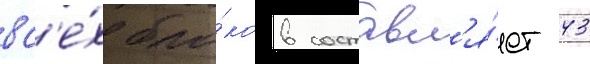
вс'е́х бло́ков составл'я́ет 43